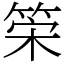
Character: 筞